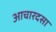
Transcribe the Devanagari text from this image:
आचारदसा